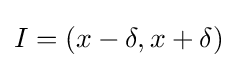
I=(x-\delta ,x+\delta )